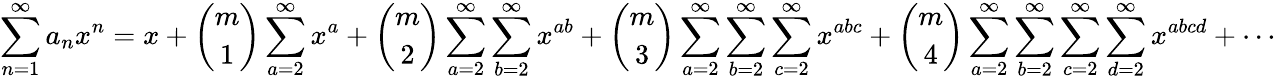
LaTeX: \sum_{n=1}^{\infty}a_{n}x^{n}=x+{\binom{m}{1}}\sum_{a=2}^{\infty}x^{a}+{\binom{m}{2}}\sum_{a=2}^{\infty}\sum_{b=2}^{\infty}x^{ab}+{\binom{m}{3}}\sum_{a=2}^{\infty}\sum_{b=2}^{\infty}\sum_{c=2}^{\infty}x^{abc}+{\binom{m}{4}}\sum_{a=2}^{\infty}\sum_{b=2}^{\infty}\sum_{c=2}^{\infty}\sum_{d=2}^{\infty}x^{abcd}+\cdots